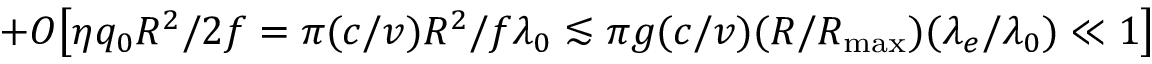
+ O \big [ \eta q _ { 0 } R ^ { 2 } / 2 f = \pi ( c / v ) R ^ { 2 } / f \lambda _ { 0 } \lesssim \pi g ( c / v ) ( R / { R _ { \mathrm { m a x } } } ) ( \lambda _ { e } / \lambda _ { 0 } ) \ll 1 \big ]